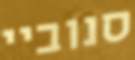
סנוביי